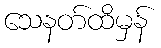
သေနတ်ထိမှန်